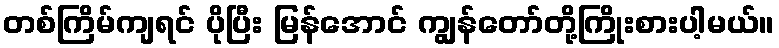
တစ်ကြိမ်ကျရင် ပိုပြီး မြန်အောင် ကျွန်တော်တို့ကြိုးစားပါ့မယ်။